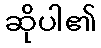
ဆိုပါ၏